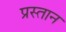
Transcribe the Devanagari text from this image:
प्रस्तान